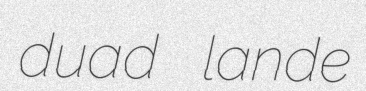
duad lande